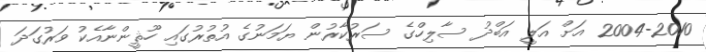
2004-2010 އަށް އަލީ އަބްދު ސާލިހްގެ ސަރުކާރުން ޔަމަނުގެ އުތުރުގައި ހޫޘީންނާއެކު ވަރުގަދަ